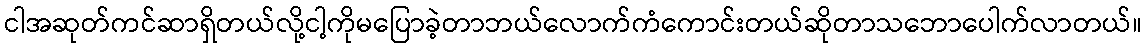
ငါအဆုတ်ကင်ဆာရှိတယ်လို့ငါ့ကိုမပြောခဲ့တာဘယ်လောက်ကံကောင်းတယ်ဆိုတာသဘောပေါက်လာတယ်။